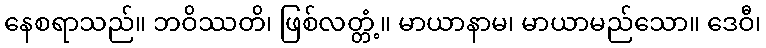
နေစရာသည်။ ဘဝိဿတိ၊ ဖြစ်လတ္တံ့။ မာယာနာမ၊ မာယာမည်သော။ ဒေဝီ၊